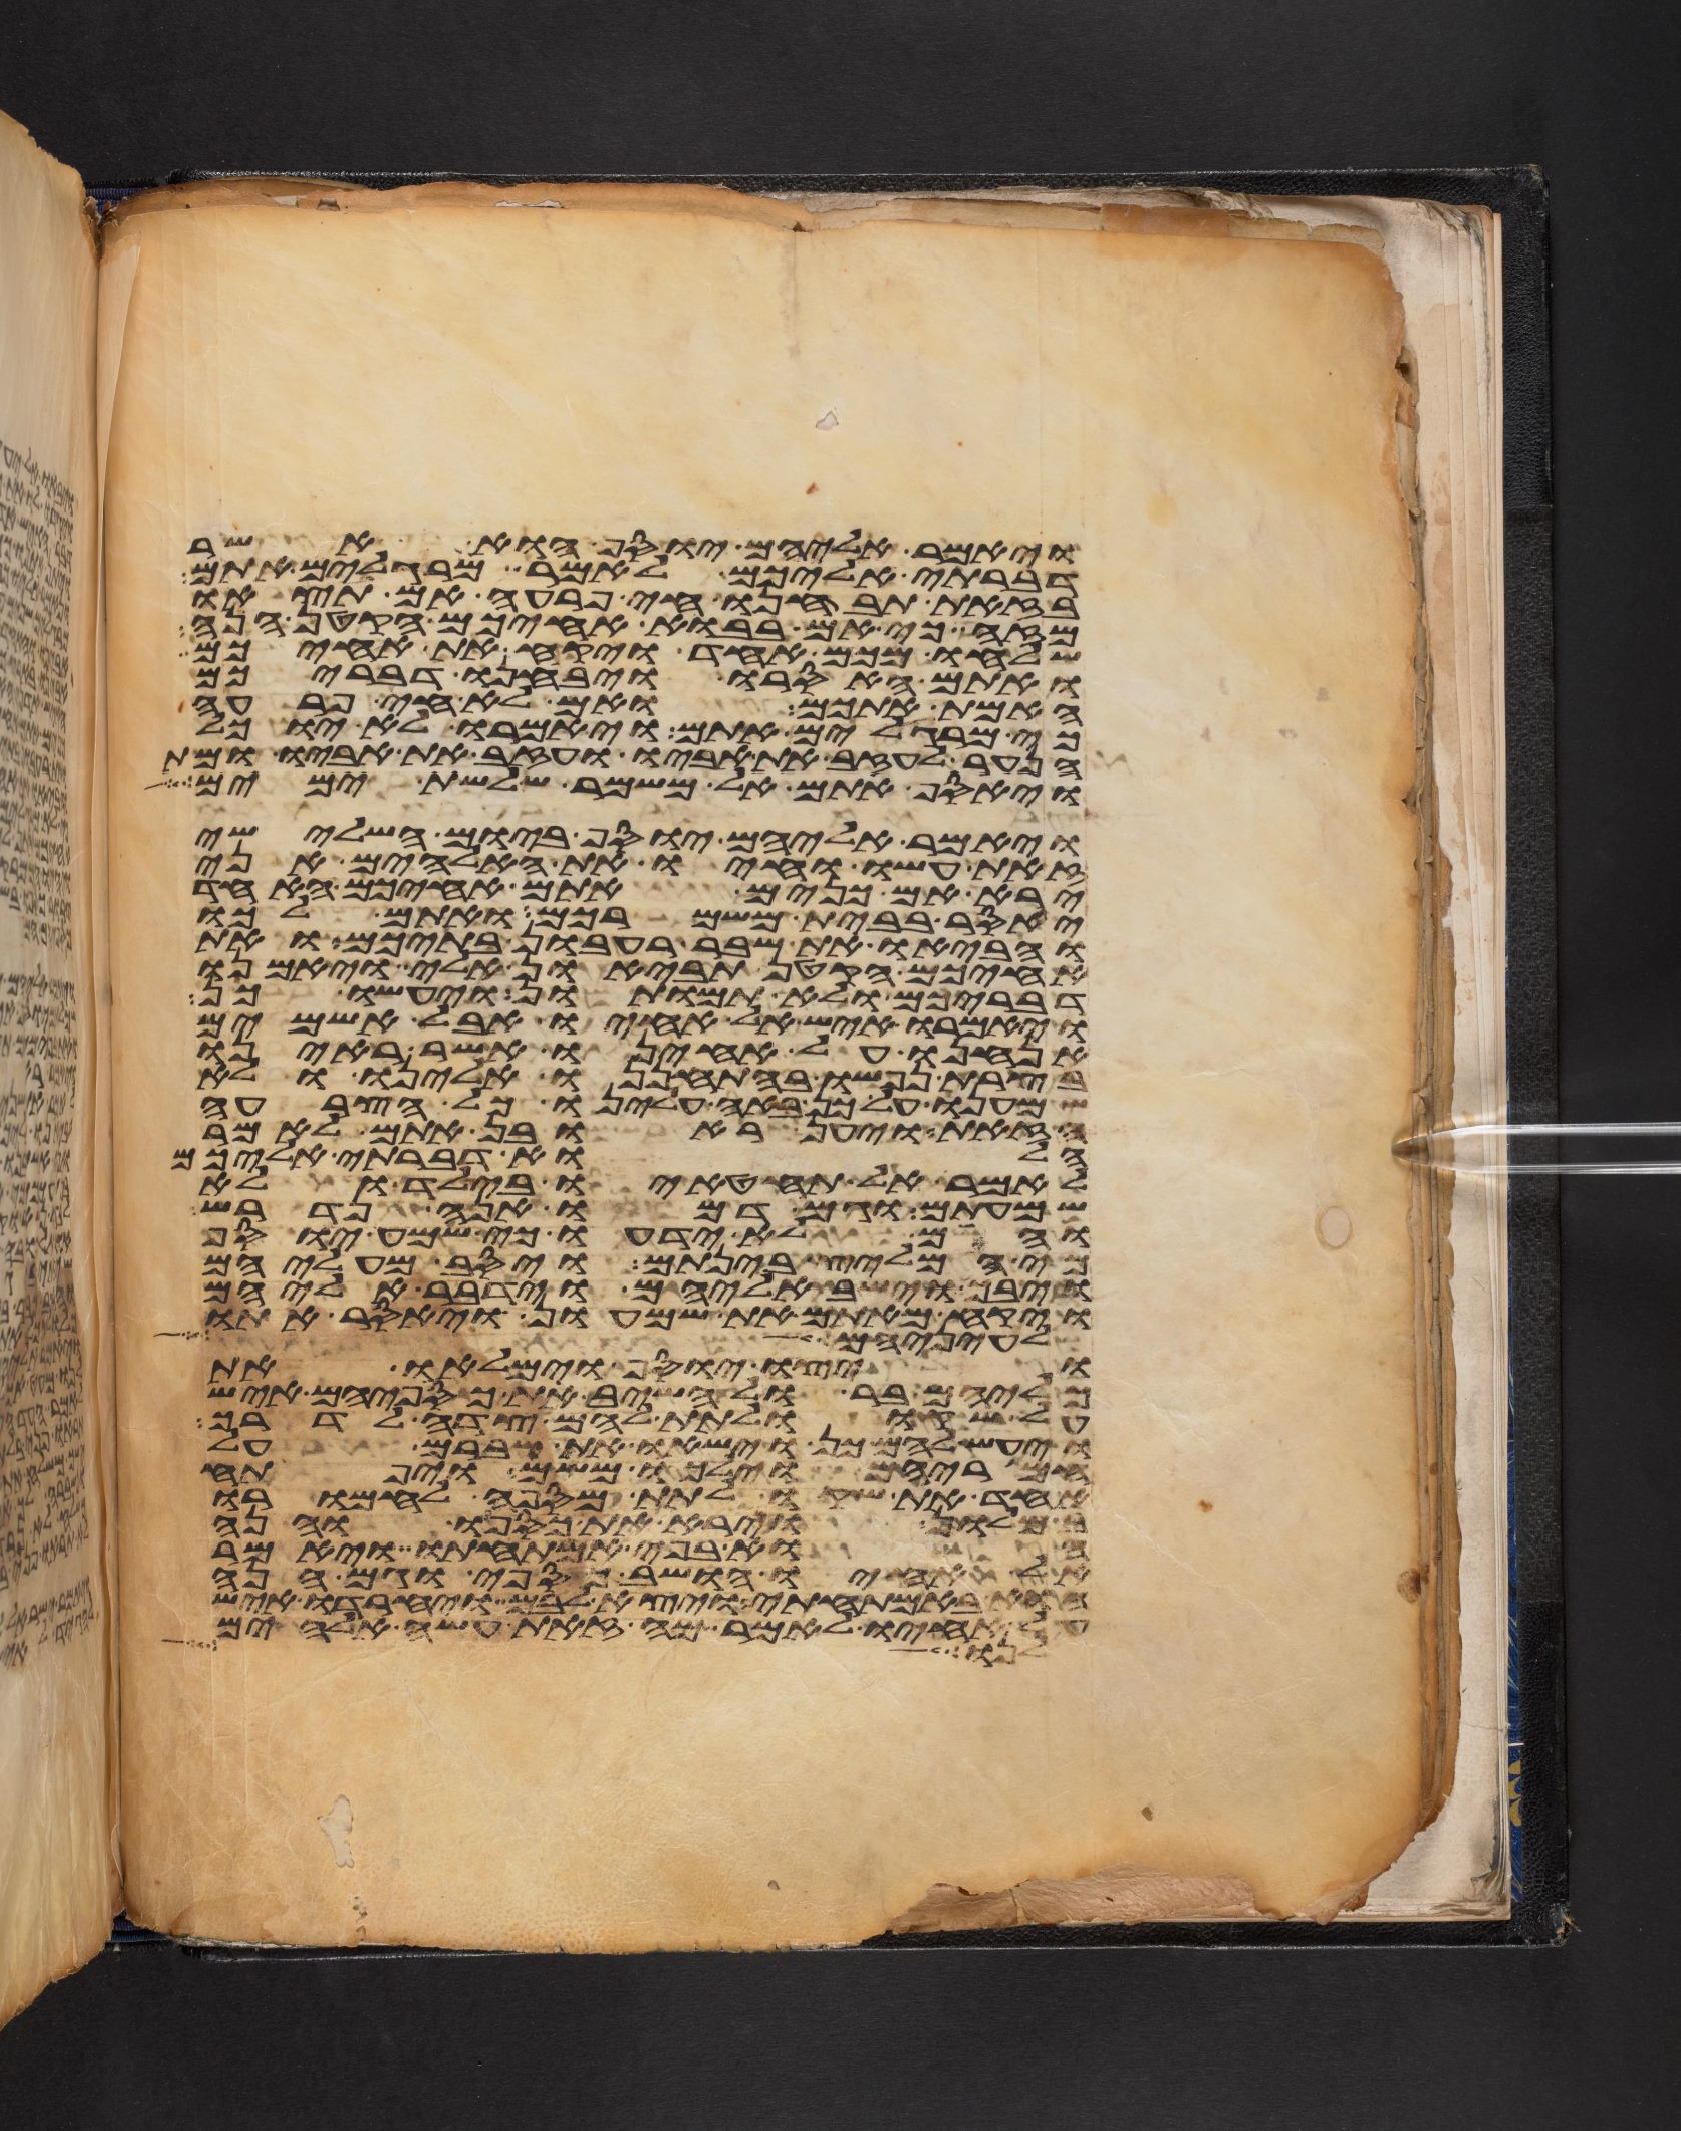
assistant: ויאמר אליהם יוסף הוא אשר
דברתי אליכם לאמר מרגלים אתם
בזאת תבחנו חי פרעה אם תצאו
מזה כי אם בבוא אחיכם הקטן הנה
שלחו מכם אחד ויקח את אחיכם
ואתם האסרו ויבחנו דבריכם
האמת אתכם ואם לא חי פרעה
כי מרגלים אתם ויאמרו לא יוכל
הנער לעזב את אביו ועזב את אביו ומת
ויאסף אתם אל משמר שלשת ימים
ויאמר אליהם יוסף ביום השלישי
זאת עשו וחיו את האלהים אני
ירא אם כנים אתם אחיכם האחד
יאסר בבית משמרכם ואתם לכו
והביאו את שבר רעבון בתיכם ואת
אחיכם הקטן תביאון אלי ויאמנו
דבריכם ולא תמותון ויעשו כן
ויאמרו איש אל אחיו אבל אשמים
אנחנו על אחינו אשר ראינו
בצרת נפשו בהתחננו אלינו ולא
שמענו על כן באה עלינו כל הצרה
הזאת ויען ראובן אתם לאמר
הלוא דברתי אליכם
לאמר אל תחטאו בילד ולא
שמעתים וגם דמו הנה נדרש
והם לא ידעו כי שמע יוסף
כי המליץ בינתם ויסב מעליהם
ויבך וישב אליהם וידבר אליהם
ויקח מאתם את שמעון ויאסר אתו
עיניה אל
ויצו יוסף וימלאו את
כליהם בר ולהשיב את כספיהם איש
על שקו ולתת להם צדה לדרך
ויעש להם כן וישאו את שברם על
חמריהם וילכו משם ויפתח
אחד את שקו לתת מספה לחמרו
במלון וירא את כספו והנה
הוא בפי אמתחתו ויאמר
אל אחיו הושב כספי וגם הנה
הוא באמתחתי ויצא לבם ויחרדו איש
על אחיו לאמר מה זאת עשה אלהים
לנו שם